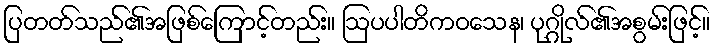
ပြတတ်သည်၏အဖြစ်ကြောင့်တည်း။ ဩပပါတိကဝသေန၊ ပုဂ္ဂိုလ်၏အစွမ်းဖြင့်။